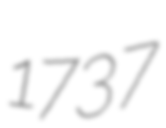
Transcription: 1737